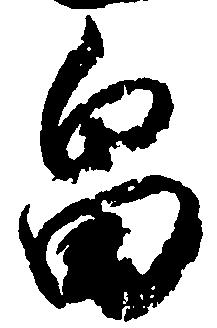
畠